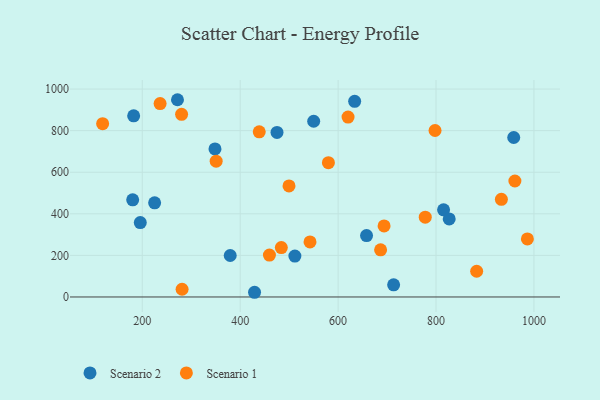
{"axis": {"x": "Study Hours", "y": "Rating"}, "legend": ["Scenario 1", "Scenario 2"], "data": [{"x": "550.1", "y": 845.2, "type": "Scenario 2"}, {"x": "182.4", "y": 871.5, "type": "Scenario 2"}, {"x": "379.6", "y": 199.4, "type": "Scenario 2"}, {"x": "511.7", "y": 196.6, "type": "Scenario 2"}, {"x": "713.4", "y": 58.2, "type": "Scenario 2"}, {"x": "475.2", "y": 791.3, "type": "Scenario 2"}, {"x": "815.4", "y": 419.1, "type": "Scenario 2"}, {"x": "429.3", "y": 22.6, "type": "Scenario 2"}, {"x": "271.9", "y": 948.7, "type": "Scenario 2"}, {"x": "658.1", "y": 295.4, "type": "Scenario 2"}, {"x": "958.7", "y": 767.0, "type": "Scenario 2"}, {"x": "195.9", "y": 357.8, "type": "Scenario 2"}, {"x": "225.2", "y": 452.6, "type": "Scenario 2"}, {"x": "633.8", "y": 941.0, "type": "Scenario 2"}, {"x": "348.5", "y": 712.1, "type": "Scenario 2"}, {"x": "826.9", "y": 375.6, "type": "Scenario 2"}, {"x": "180.4", "y": 467.4, "type": "Scenario 2"}, {"x": "499.7", "y": 534.0, "type": "Scenario 1"}, {"x": "281.3", "y": 37.1, "type": "Scenario 1"}, {"x": "778.0", "y": 383.7, "type": "Scenario 1"}, {"x": "542.6", "y": 265.0, "type": "Scenario 1"}, {"x": "459.7", "y": 201.5, "type": "Scenario 1"}, {"x": "350.9", "y": 653.0, "type": "Scenario 1"}, {"x": "438.9", "y": 794.1, "type": "Scenario 1"}, {"x": "280.3", "y": 878.3, "type": "Scenario 1"}, {"x": "693.9", "y": 341.5, "type": "Scenario 1"}, {"x": "933.5", "y": 469.7, "type": "Scenario 1"}, {"x": "798.0", "y": 800.7, "type": "Scenario 1"}, {"x": "883.0", "y": 123.8, "type": "Scenario 1"}, {"x": "961.1", "y": 557.8, "type": "Scenario 1"}, {"x": "620.3", "y": 865.2, "type": "Scenario 1"}, {"x": "986.6", "y": 279.0, "type": "Scenario 1"}, {"x": "686.8", "y": 226.8, "type": "Scenario 1"}, {"x": "484.0", "y": 237.7, "type": "Scenario 1"}, {"x": "119.0", "y": 833.5, "type": "Scenario 1"}, {"x": "580.2", "y": 645.9, "type": "Scenario 1"}, {"x": "236.4", "y": 930.2, "type": "Scenario 1"}]}